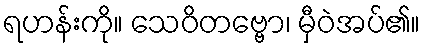
ရဟန်းကို။ သေဝိတဗ္ဗော၊ မှီဝဲအပ်၏။